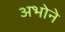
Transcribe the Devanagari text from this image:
अभोने